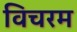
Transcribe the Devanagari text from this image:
विचरम